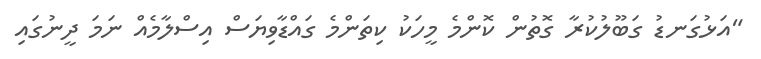
"އަޅުގަނޑު ގަބޫލުކުރާ ގޮތުން ކޮންމެ މީހަކު ކިތަންމެ ގައްޑާވިޔަސް އިސްލާމެއް ނަމަ ދީނުގައި